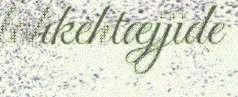
lohkehtæjjide